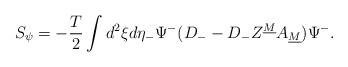
\begin{align*}S_\psi=-{T\over 2}\int d^2\xi d\eta_-\Psi^-(D_--D_-Z^{\underline M}A_{\underline M})\Psi^-.\end{align*}